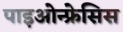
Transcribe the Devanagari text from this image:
पाइओन्फ्रेसिस